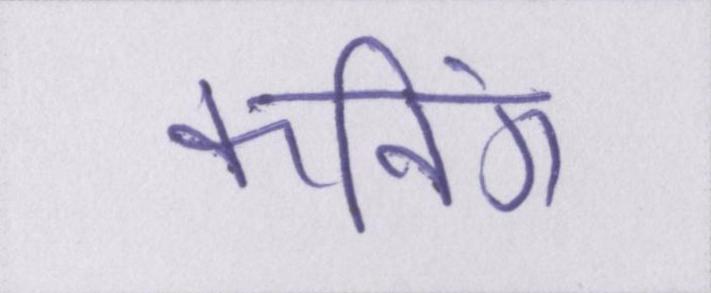
कनिंग